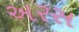
અરસ